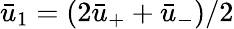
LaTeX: \bar{u}_{1}=(2\bar{u}_{+}+\bar{u}_{-})/2